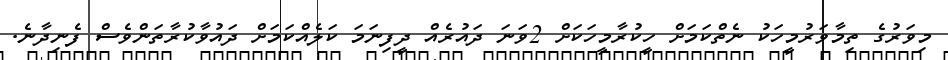
މިވަރުގެ ތިމާވަރުމީހަކު ނެތްކަމަށް ހީކުރާމީހަކަށް 2ވަނަ ދައުރެއް ދީފިނަމަ ކަލެއްކަމަށް ދައުވާކުރާތަންވެސް ފެނިދާނެ.